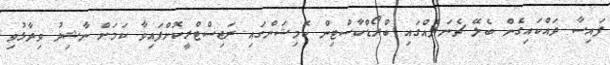
ފައިސާ ދައްކައިގެން ބެލޭ ޗެނަލެއްގައި ބްރޯޑްކާސްޓިން ކޮމިޝަންގައި ރަޖިސްޓްރީކޮށްފައިވާ ކަމަށް ނާޝިދު ވިދާޅުވި